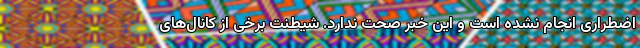
اضطراری انجام نشده است و این خبر صحت ندارد. شیطنت برخی از کانال‌های